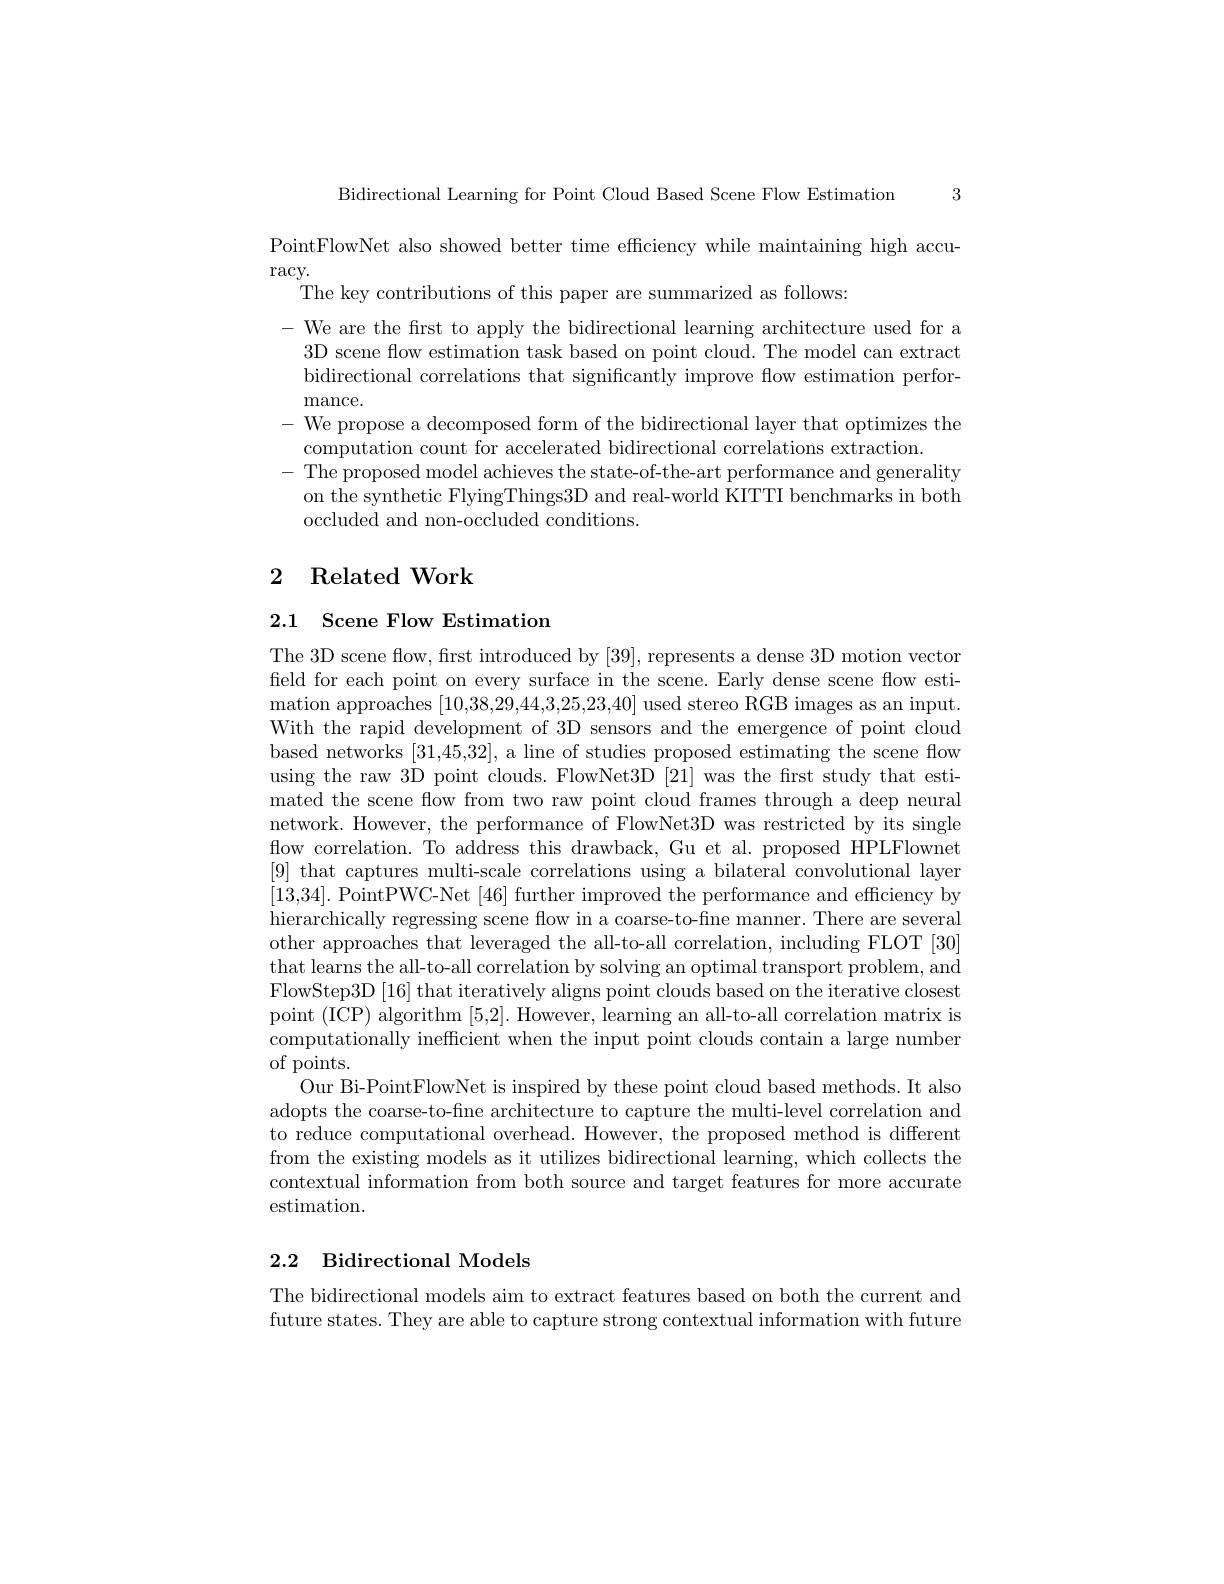
Bidirectional Learning for Point Cloud Based Scene Flow Estimation 3

PointFlowNet also showed better time effciency while maintaining high accu-
$\operatorname{racy}.$
The key contributions of this paper are summarized as follows:
- We are the first to apply the bidirectional learning architecture used for a
3D scene flow estimation task based on point cloud. The model can extract bidirectional correlations that significantly improve flow estimation perfor- ${\mathrm{mance.}}$
- We propose a decomposed form of the bidirectional layer that optimizes the
computation count for accelerated bidirectional correlations extraction
$-{\mathrm{~The~proposed~model~achieves~the~state-of-the-art~performance~and~generality}}$
on the synthetic FlyingThings3D and real-world KITTI benchmarks in both
occluded and non-occluded conditions.

## 2 Related Work

# 2.1 Scene Flow Estimation

The 3D scene flow, first introduced by [39], represents a dense 3D motion vector field for each point on every surface in the scene. Early dense scene flow estimation approaches [10,38,29,44,3,25,23,40] used stereo RGB images as an input. With the rapid development of 3D sensors and the emergence of point cloud based networks [31,45,32], a line of studies proposed estimating the scene flow using the raw 3D point clouds. FlowNet3D [21] was the first study that estimated the scene flow from two raw point cloud frames through a deep neural network. However, the performance of FlowNet3D was restricted by its single flow correlation. To address this drawback, Gu et al. proposed HPLFlownet [9] that captures multi-scale correlations using a bilateral convolutional layer [13,34]. PointPWC-Net [46] further improved the performance and efficiency by hierarchically regressing scene flow in a coarse-to-fine manner. There are several other approaches that leveraged the all-to-all correlation, including FLOT [30] that learns the all-to-all correlation by solving an optimal transport problem, and FlowStep3D [16] that iteratively aligns point clouds based on the iterative closest point (ICP) algorithm [5,2]. However, learning an all-to-all correlation matrix is computationally inefficient when the input point clouds contain a large number of points.
Our Bi-PointFlowNet is inspired by these point cloud based methods. It also adopts the coarse-to-fine architecture to capture the multi-level correlation and to reduce computational overhead. However, the proposed method is different from the existing models as it utilizes bidirectional learning, which collects the contextual information from both source and target features for more accurate estimation.

## 2.2 Bidirectional Models

The bidirectional models aim to extract features based on both the current and future states. They are able to capture strong contextual information with future